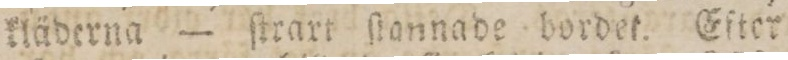
kläderna — ſtrart ſtannade bordet. Efter